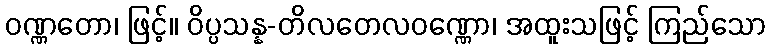
ဝဏ္ဏတော၊ ဖြင့်။ ဝိပ္ပသန္န-တိလတေလဝဏ္ဏော၊ အထူးသဖြင့် ကြည်သော